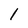
Character: 1